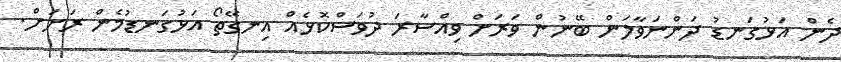
ދެން އަޅުގަނޑު ދަންނަވާލަން ބޭނުން ވަރަށް ވިއްސާރަ ދުވަސްކޮޅެއް އިނގޭތޯ އަޅުގަނޑުމެން ރަށަށް.